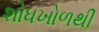
શોધખોળથી